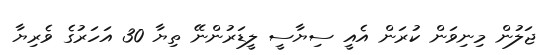
ޖަލުން މިނިވަން ކުރަން އެއީ ސިޔާސީ ލީޑަރުންނޭ ތިޔާ 30 އަހަރުގެ ވެރިޔާ